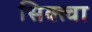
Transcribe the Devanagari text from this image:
सिक्त्वा